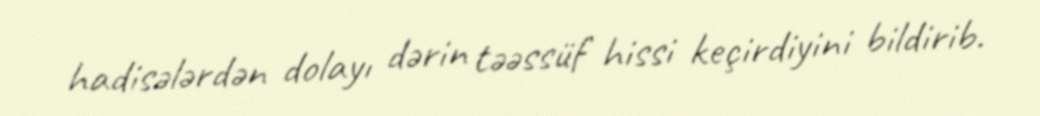
hadisələrdən dolayı dərin təəssüf hissi keçirdiyini bildirib.